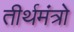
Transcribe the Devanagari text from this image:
तीर्थमंत्रो